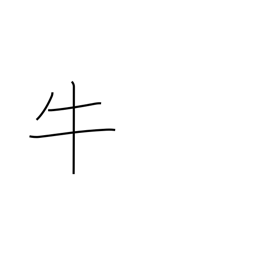
Meaning: cow